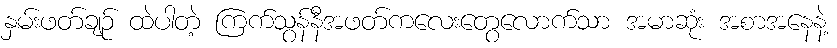
နှမ်းဖတ်ချဉ် ထဲပါတဲ့ ကြက်သွန်နီအဖတ်ကလေးတွေလောက်သာ အမာဆုံး အစာအနေနဲ့